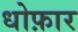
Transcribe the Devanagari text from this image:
धोफ़ार